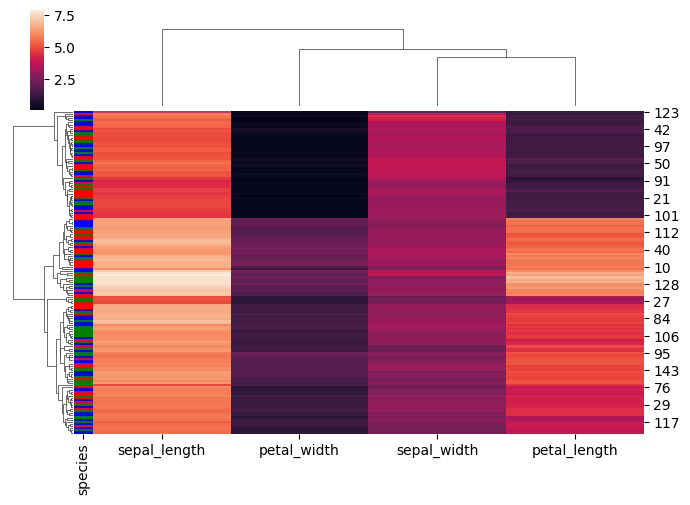
python, seaborn, clustermap, figsize=(7, 5), row_cluster=True, dendrogram_ratio=(0.1, 0.2), cbar_pos=(0.05, 0.8, 0.02, 0.2)